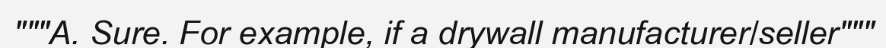
"""A. Sure. For example, if a drywall manufacturer/seller"""